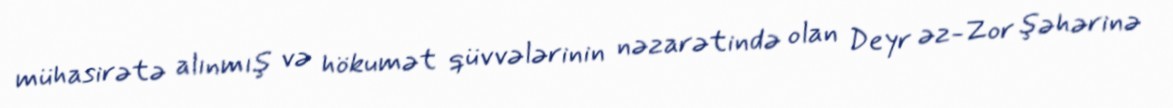
mühasirətə alınmış və hökumət qüvvələrinin nəzarətində olan Deyr əz-Zor şəhərinə